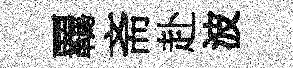
覊斋赴波